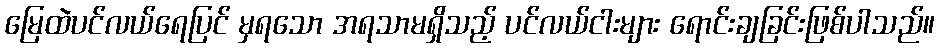
မြေထဲပင်လယ်ရေပြင် မှရသော အရသာမရှိသည့် ပင်လယ်ငါးများ ရောင်းချခြင်းဖြစ်ပါသည်။